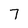
Character: 7